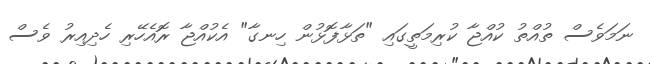
ނަމަވެސް ތުއްތު ކުއްޖާ ކުރިމަތީގައި "ތަޅާފޮޅުން ހިނގާ" އެކުއްޖާ ރޮއެހޭރި ހެދިއިރު ވެސް